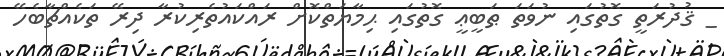
_ ޤުދުރަތީ ގޮތުގައި ނުވަތަ ޠަބީޢީ ގޮތުގައި ޙިމާޔަތްކޮށް ރައްކައުތެރިކުރާ ދިރޭ ތަކެއްޗާބެހޭ